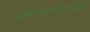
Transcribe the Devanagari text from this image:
क्षमावानतिगंभीरो